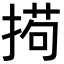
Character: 𫽚